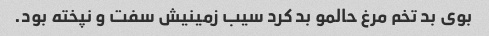
بوی بد تخم مرغ حالمو بد کرد سیب زمینیش سفت و نپخته بود.